Vaccination in Bombay 1924-1928 - 1924-1928
Year: 1924
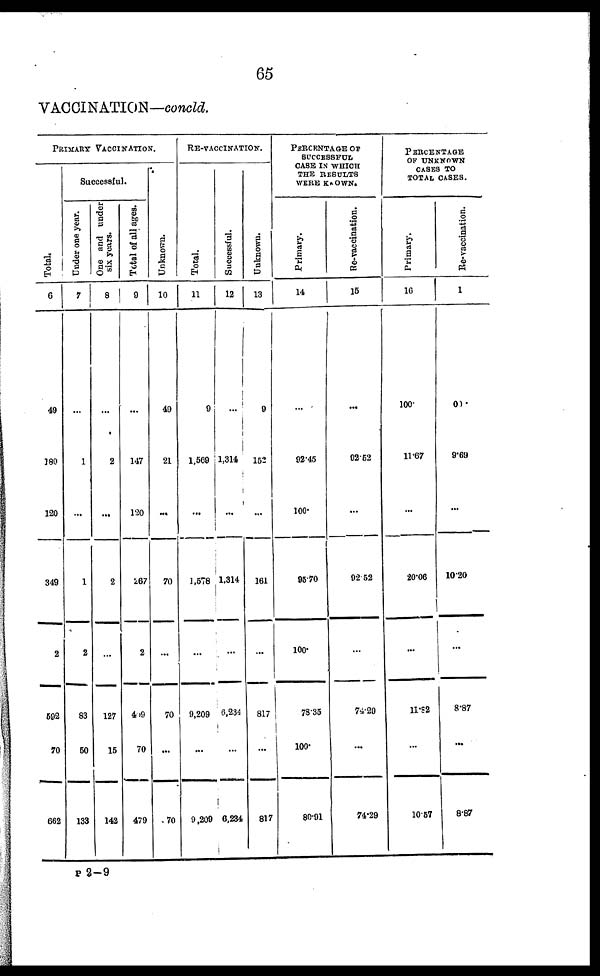
65
VACCINATION— concld.
PRIMARY VACCINATION.
Total.
6
49
180
120
349
2
592
70
662
Successful.
Under one year.
7
...
1
...
1
2
83
50
133
One and under
six years.
8
...
2
...
2
...
127
15
142
Total of all ages.
9
...
147
120
267
2
409
70
479
Unknown.
10
49
21
...
70
...
70
...
70
RE-VACCINATION.
Total.
11
9
1,569
...
1,578
...
9,209
...
9,209
Successful.
12
...
1,314
...
1,314
...
6,234
...
6,234
Unknown.
13
9
152
...
161
...
817
...
817
PERCENTAGE OF
SUCCESSFUL
CASE IN WHICH
THE RESULTS
WERE KNOWN.
Primary.
14
...
92.45
100.
95.70
100.
78.35
100.
80.91
Re-vaccination.
15
...
92.52
...
92.52
...
74.29
...
74.29
PERCENTAGE
OF UNKNOWN
CASES TO
TOTAL CASES.
Primary.
16
100.
11.67
...
20.06
...
11.82
...
10.57
Re-vaccination.
17
00.
9.69
...
10.20
...
8.87
...
8.87
P 2— 9